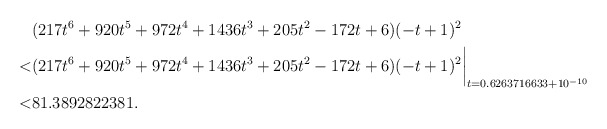
\begin{align*} & (217t^6+920t^5+972t^4+1436t^3+205t^2-172t+6)(-t+1)^2\\ < & (217t^6+920t^5+972t^4+1436t^3+205t^2-172t+6)(-t+1)^2\biggr\rvert_{t=0.6263716633 + 10^{-10}}\\< & 81.3892822381 . \end{align*}